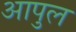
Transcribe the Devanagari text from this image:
आपुल